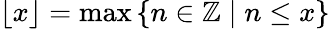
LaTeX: \left\lfloor x\right\rfloor=\operatorname*{max}\left\{ n\in\mathbb{Z}\mid n\le x\right\}